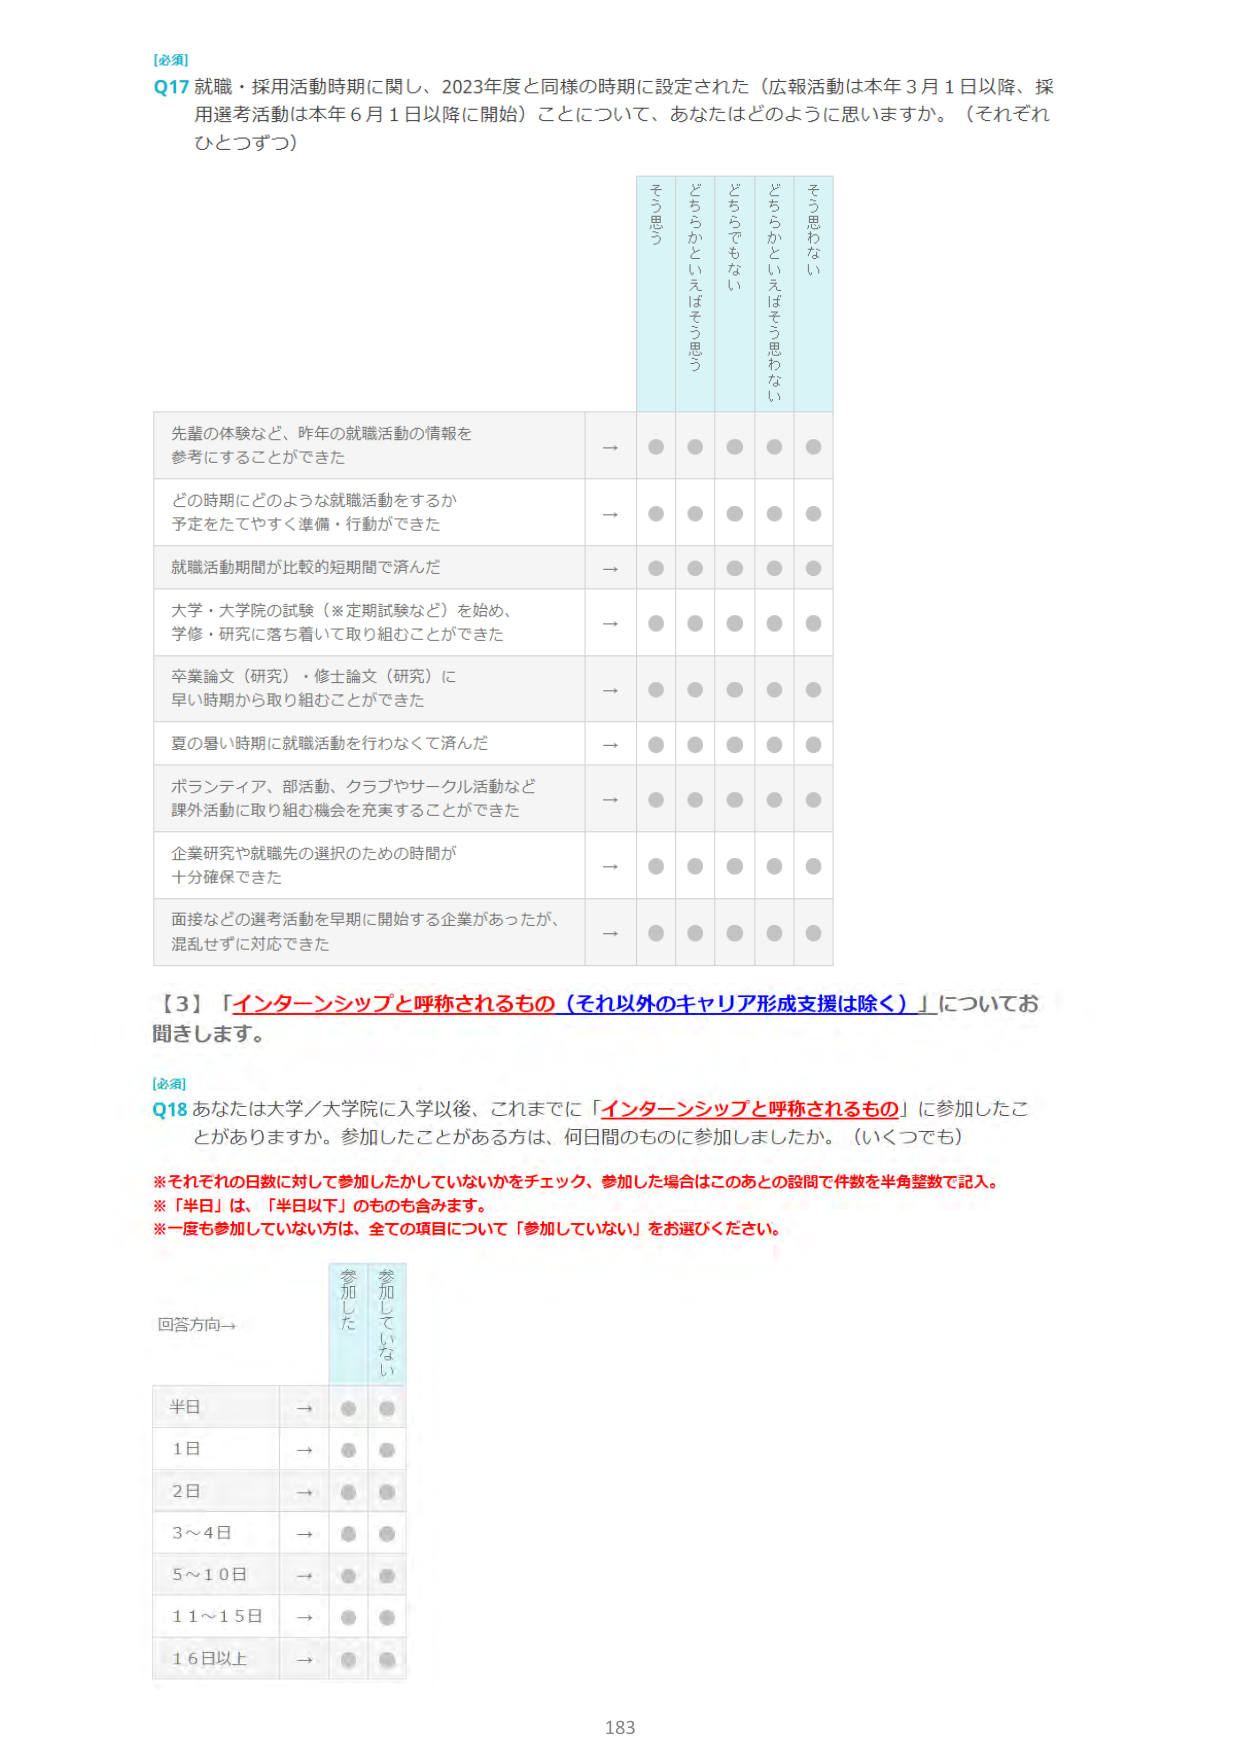
【必須】
Q17 就職・採用活動時期に関し、2023年度と同様の時期に設定された（広報活動は本年3月1日以降、採用選考活動は本年6月1日以降に開始）ことについて、あなたはどのように思いますか。（それぞれひとつずつ）

とても良い
やや良い
どちらともいえない
やや悪い
とても悪い

先輩の体験など、昨年の就職活動の情報を参考にすることができた → ● ● ● ● ●
どの時期にどのような就職活動をするか予定をたてやすく準備・行動ができた → ● ● ● ● ●
就職活動期間が比較的短期間で済んだ → ● ● ● ● ●
大学・大学院の試験（※定期試験など）を始め、学修・研究に落ち着いて取り組むことができた → ● ● ● ● ●
卒業論文（研究）・修士論文（研究）に早い時期から取り組むことができた → ● ● ● ● ●
夏の暑い時期に就職活動を行わなくて済んだ → ● ● ● ● ●
ボランティア、部活動、クラブやサークル活動など課外活動に取り組む機会を充実することができた → ● ● ● ● ●
企業研究や就職先の選択のための時間が十分確保できた → ● ● ● ● ●
面接などの選考活動を早期に開始する企業があったが、混乱せずに対応できた → ● ● ● ● ●

【3】「インターンシップと呼称されるもの（それ以外のキャリア形成支援は除く）」についてお聞きします。

【必須】
Q18 あなたは大学／大学院に入学以後、これまでに「インターンシップと呼称されるもの」に参加したことがありますか。参加したことがある方は、何日間のものに参加しましたか。（いくつでも）

※それぞれの日数に対して参加したかしていないかをチェック、参加した場合はこのあとの設問で件数を半角整数で記入。
※「半日」は、「半日以下」のものも含みます。
※一度も参加していない方は、全ての項目について「参加していない」をお選びください。

回答方向→
参加した　　参加していない

半日 → ● ●
1日 → ● ●
2日 → ● ●
3～4日 → ● ●
5～10日 → ● ●
11～15日 → ● ●
16日以上 → ● ●

183